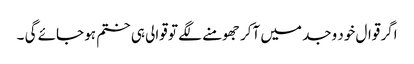
اگر قوال خود وجد میں آکر جھومنے لگے تو قوالی ہی ختم ہو جائے گی ۔